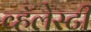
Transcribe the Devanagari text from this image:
व्हॅलेस्टी